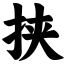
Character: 挟